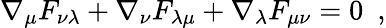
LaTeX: \nabla_{\mu}F_{\nu\lambda}+\nabla_{\nu}F_{\lambda\mu}+\nabla_{\lambda}F_{\mu\nu}=0~~,